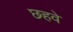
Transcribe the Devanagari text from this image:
छहवे